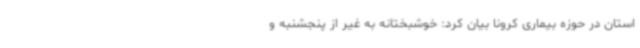
استان در حوزه بیماری کرونا بیان کرد: خوشبختانه به غیر از پنجشنبه و